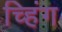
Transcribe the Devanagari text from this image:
च्हिंग